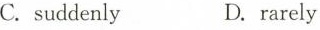
C.suddenly D.rarely